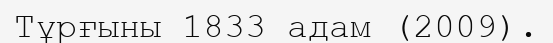
Тұрғыны 1833 адам (2009).